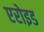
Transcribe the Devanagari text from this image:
एरोइड